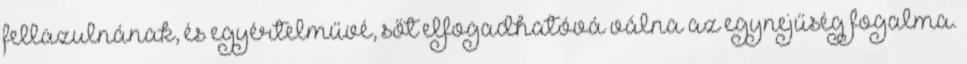
fellazulnának, és egyértelművé, sőt elfogadhatóvá válna az egynejűség fogalma.